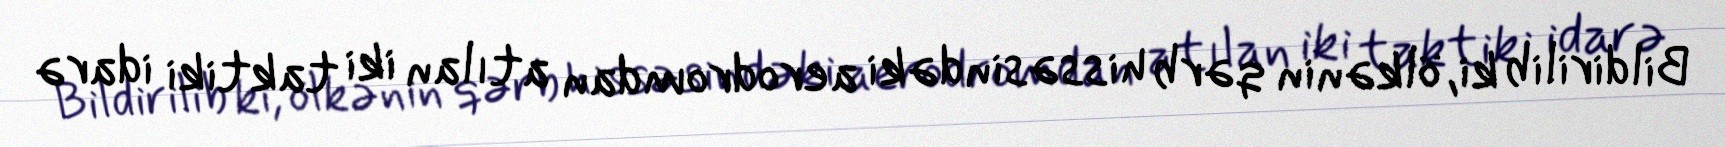
Bildirilib ki, ölkənin qərb hissəsindəki aerodromdan atılan iki taktiki idarə